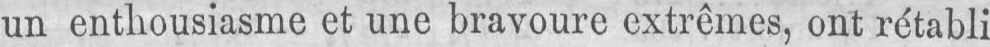
un enthousiasme et une bravoure extrêmes, ont rétabli